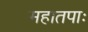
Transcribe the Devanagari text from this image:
महातपाः